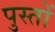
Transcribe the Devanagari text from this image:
पुस्तों